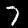
Label: 7